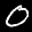
Label: 0